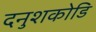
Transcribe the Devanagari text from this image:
दनुशकोडि